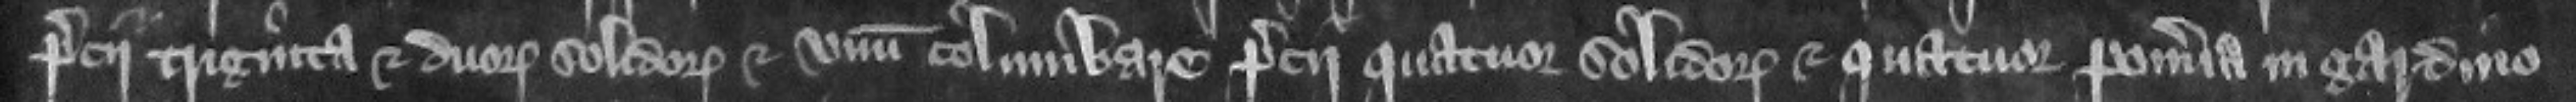
precii triginta et duorum solidorum et vnum columbare precii quatuor solidorum et quatuor pomeria in gardino